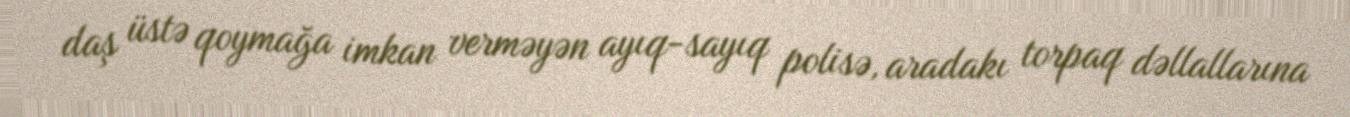
daş üstə qoymağa imkan verməyən ayıq-sayıq polisə, aradakı torpaq dəllallarına